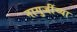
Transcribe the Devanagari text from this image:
नागुजींच्या